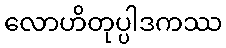
လောဟိတုပ္ပါဒကဿ